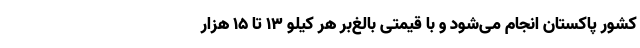
کشور پاکستان انجام می‌شود و با قیمتی بالغ‌بر هر کیلو ۱۳ تا ۱۵ هزار